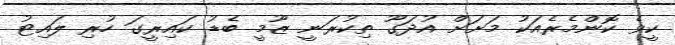
ކީވެ ކޮންމެރެއަކު މަށަށް އުދަގޫ ތިކުރަނީ ޒޫމީ ބެޑު ކައިރީގަ ހުރި ލައިޓު